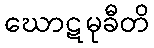
ဃောဋမုခီတိ